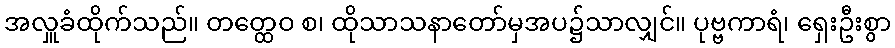
အလှူခံထိုက်သည်။ တတ္ထေဝ စ၊ ထိုသာသနာတော်မှအပ၌သာလျှင်။ ပုဗ္ဗကာရံ၊ ရှေးဦးစွာ